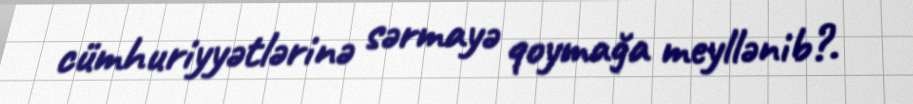
cümhuriyyətlərinə sərmayə qoymağa meyllənib?.